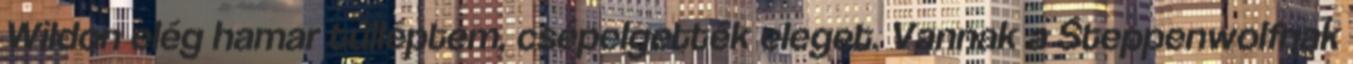
Wildon elég hamar túlléptem, csépelgették eleget. Vannak a Steppenwolfnak